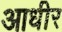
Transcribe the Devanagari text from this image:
आधीर